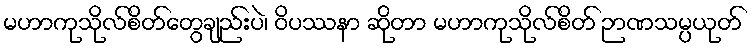
မဟာကုသိုလ်စိတ်တွေချည်းပဲ၊ ဝိပဿနာ ဆိုတာ မဟာကုသိုလ်စိတ် ဉာဏသမ္ပယုတ်